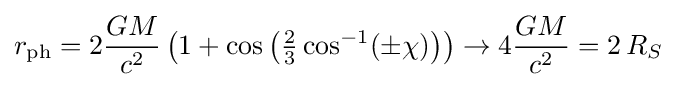
r_{\mathrm {ph} }=2{\frac {GM}{c^{2}}}\left(1+\cos \left({\tfrac {2}{3}}\cos ^{-1}(\pm \chi )\right)\right)\to 4{\frac {GM}{c^{2}}}=2\,R_{S}